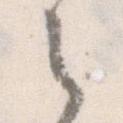
之